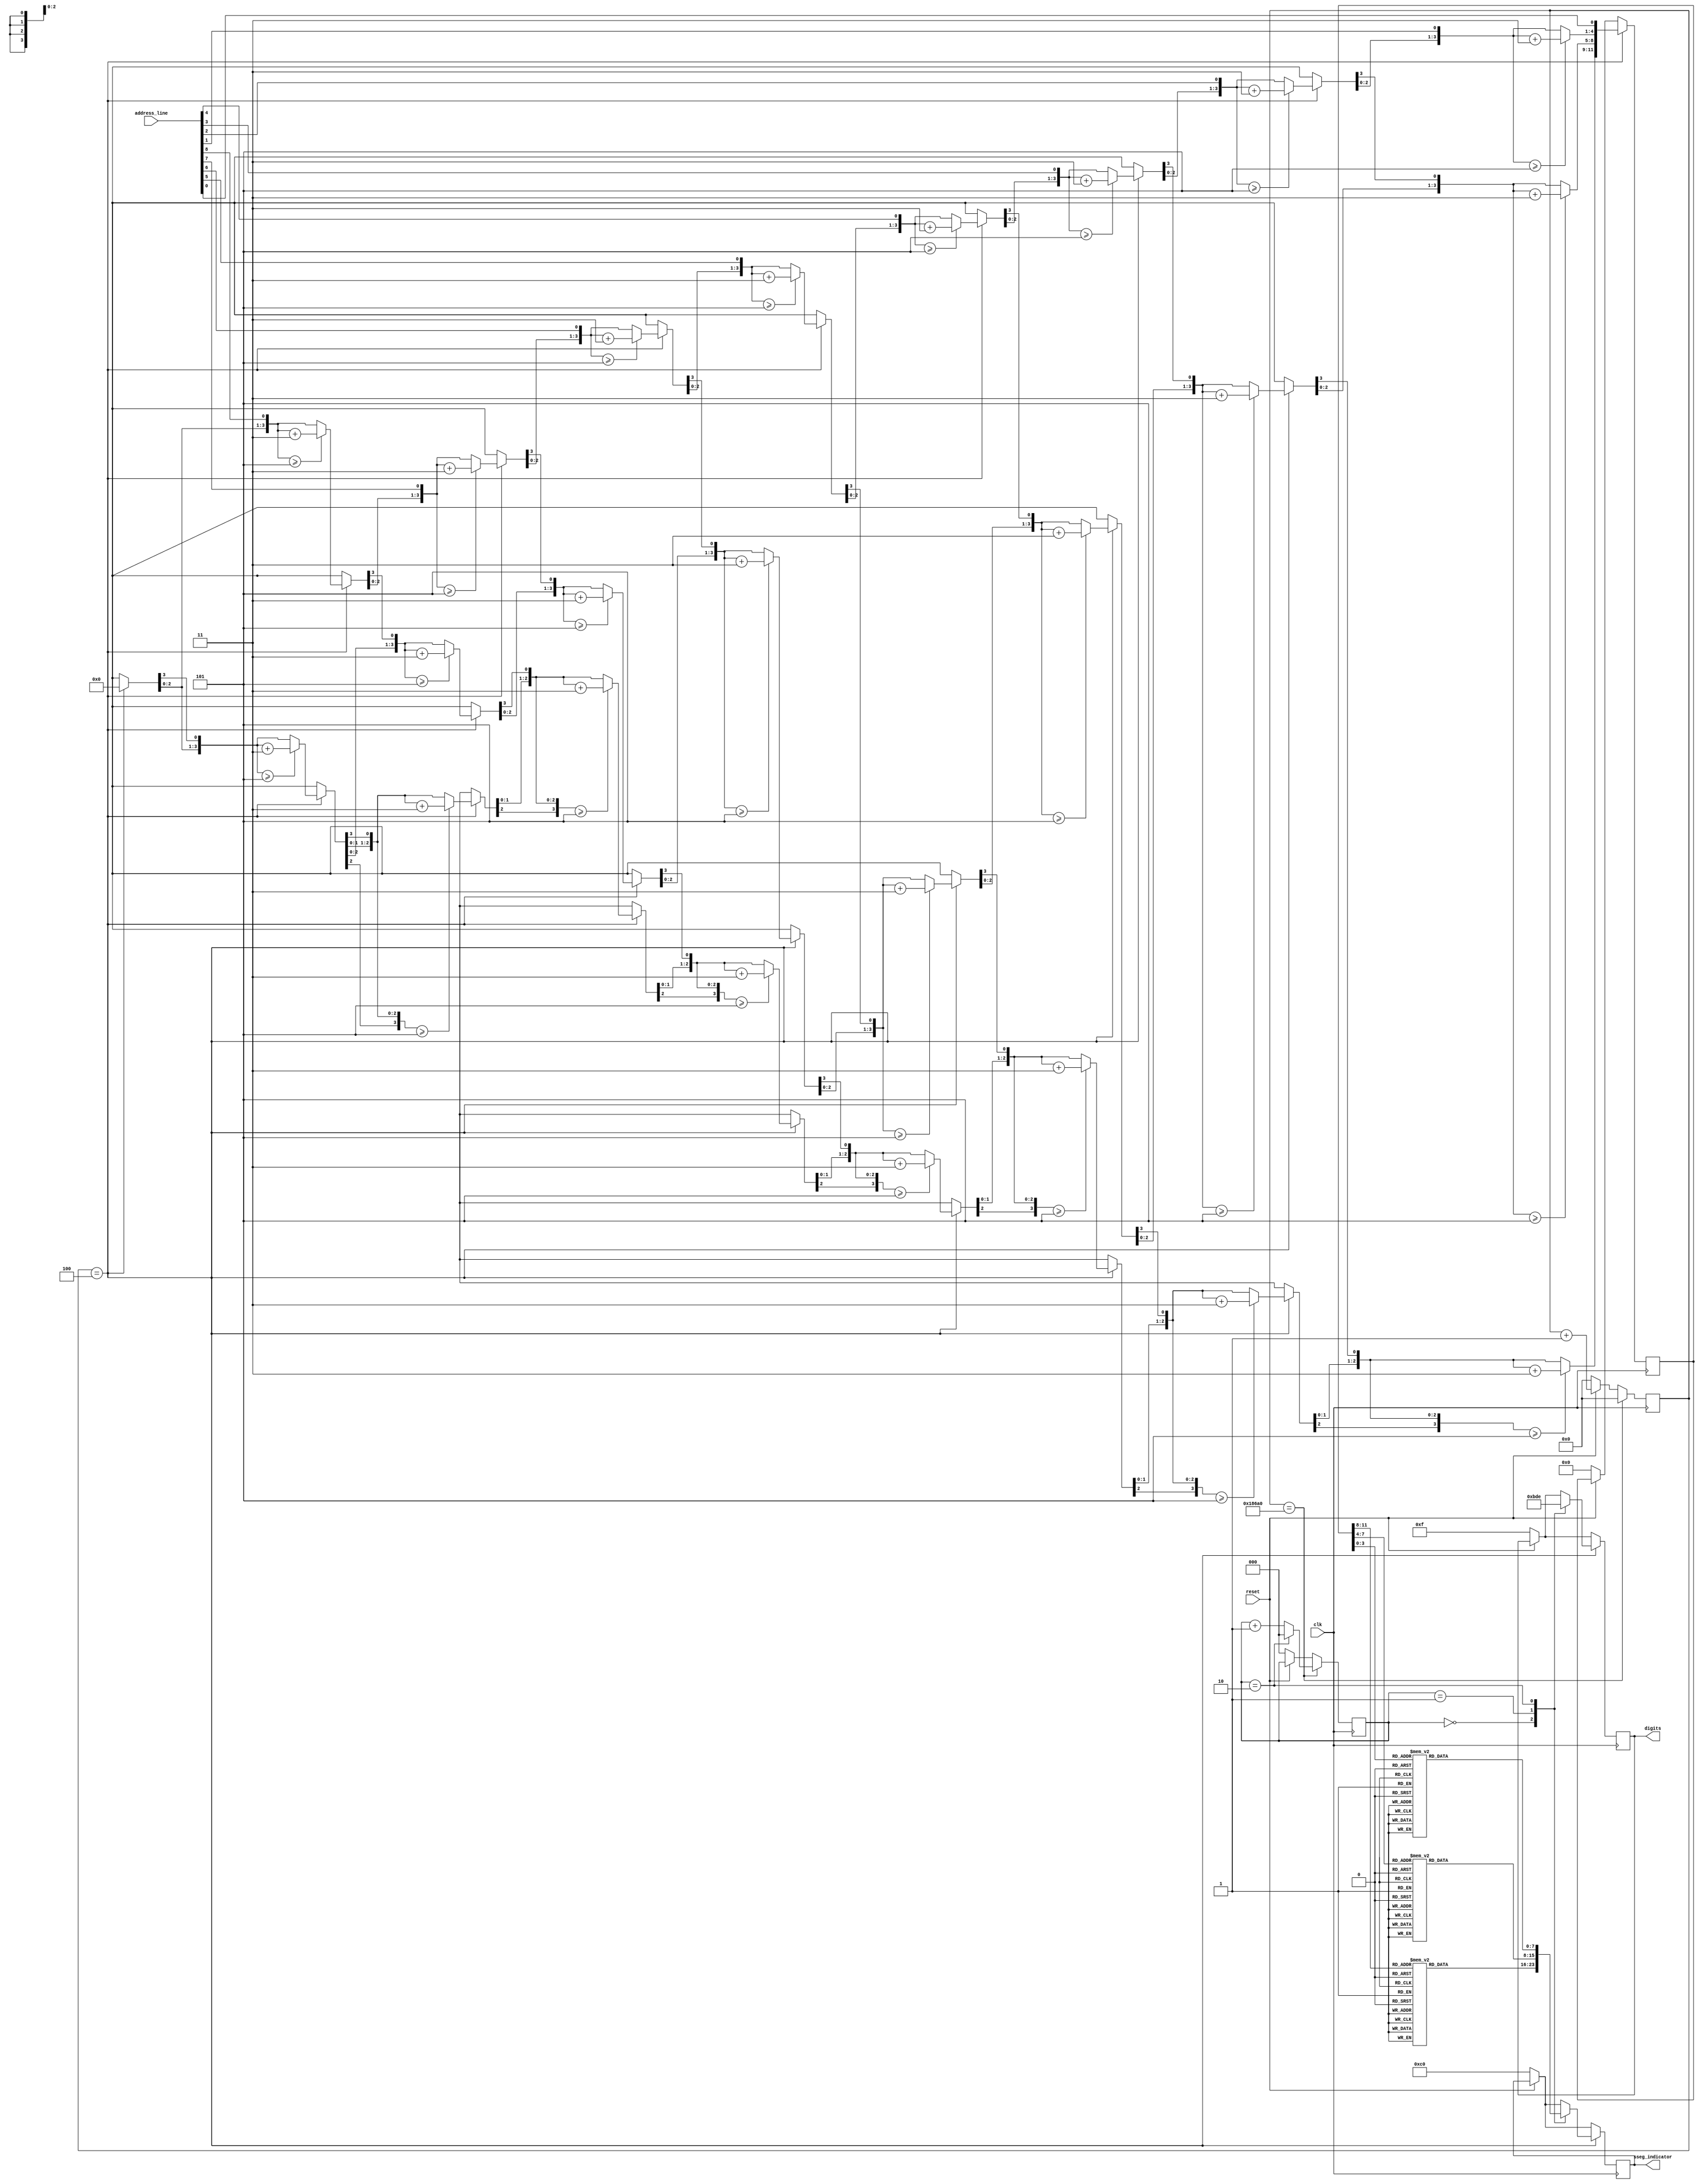
module address_display(
    input wire [8:0] address_line,
    input wire clk,
    input wire reset,
    output reg [7:0] sseg_indicator,
    output reg [3:0] digits
);

    reg [31:0] counter;
    reg [11:0] tubes_bcd_values;
    reg [2:0] digit_counter;
    
    always @(posedge clk)
    begin
        if (~reset)
        begin
            counter <= 0;
            digits <= 4'b1111;
            tubes_bcd_values <= 0;
            sseg_indicator <= 8'b11000000;
            digit_counter <= 0;
        end
        else
            counter <= counter + 1;
            if (counter == 4)
            begin
                tubes_bcd_values <= //12'b001101011001; // 359
                                    encode_to_bcd(address_line);
                case (digit_counter)
                    3'b000:
                    begin
                        sseg_indicator <= encode_to_sseg(tubes_bcd_values[11:8]);
                        digits <= 4'b1011;
                    end
                    3'b001:
                    begin
                        sseg_indicator <= encode_to_sseg(tubes_bcd_values[7:4]);
                        digits <= 4'b1101;
                    end
                    3'b010:
                    begin
                        sseg_indicator <= encode_to_sseg(tubes_bcd_values[3:0]);
                        digits <= 4'b1110;
                    end
                    default:
                    begin
                    end
                endcase  
            end
            if (counter == 100000)
            begin
                counter <= 0;
                digit_counter <= digit_counter + 1;
                if (digit_counter == 3'b010)
                    digit_counter <= 0;              
            end
        begin
        end
    end
    
function [11:0] encode_to_bcd;
    input reg [8:0] binary_code;
    reg [3:0] hundreds;
    reg [3:0] tens;
    reg [3:0] ones;
    integer i;
     begin
        hundreds = 0;
        tens = 0;
        ones = 0;
        for(i = 8; i >= 0; i = i -1)
        begin
            if (hundreds >= 5)
                hundreds = hundreds + 3;
            if (tens >= 5)
                tens = tens + 3;
            if (ones >= 5)
                ones = ones + 3;
            hundreds = hundreds << 1;
            hundreds[0] = tens[3];
            tens = tens << 1;
            tens[0] = ones[3];
            ones = ones << 1;
            ones[0] = binary_code[i];
        end
        $display("Encode to bcd, hundreds : %d", hundreds);
        $display("Encode to bcd, tens : %d", tens);
        $display("Encode to bcd, ones : %d", ones);
        encode_to_bcd[3:0] = ones[3:0];
        encode_to_bcd[7:4] = tens[3:0];
        encode_to_bcd[11:8] = hundreds[3:0];
     end
endfunction

function [7:0] encode_to_sseg;
input [3:0] bcd;
    case (bcd)
    4'b0000: encode_to_sseg = 8'b11000000; // 0
    4'b0001: encode_to_sseg = 8'b11111001; // 1
    4'b0010: encode_to_sseg = 8'b10100100; // 2
    4'b0011: encode_to_sseg = 8'b10110000; // 3
    4'b0100: encode_to_sseg = 8'b10011001; // 4
    4'b0101: encode_to_sseg = 8'b10010010; // 5
    4'b0110: encode_to_sseg = 8'b10000010; // 6
    4'b0111: encode_to_sseg = 8'b11111000; // 7
    4'b1000: encode_to_sseg = 8'b10000000; // 8
    4'b1001: encode_to_sseg = 8'b10010000; // 9
    default: encode_to_sseg = 8'b11000000; // 0
    endcase
endfunction

endmodule